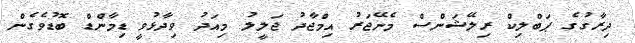
ދިރާގުގެ ޕަބްލިކް ރިލޭޝަންސް މެނޭޖަރު އިމްޖާދު ޖަލީލު މިއަދު ވިދާޅުވީ ޑިމާންޑް ބޮޑުވެގެން